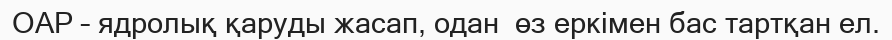
ОАР – ядролық қаруды жасап, одан  өз еркімен бас тартқан ел.